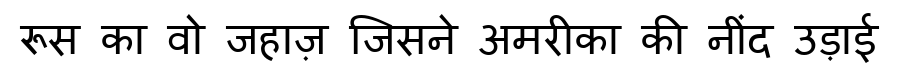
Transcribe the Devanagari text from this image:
रूस का वो जहाज़ जिसने अमरीका की नींद उड़ाई